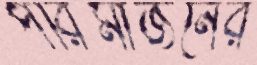
পরিমার্জনের